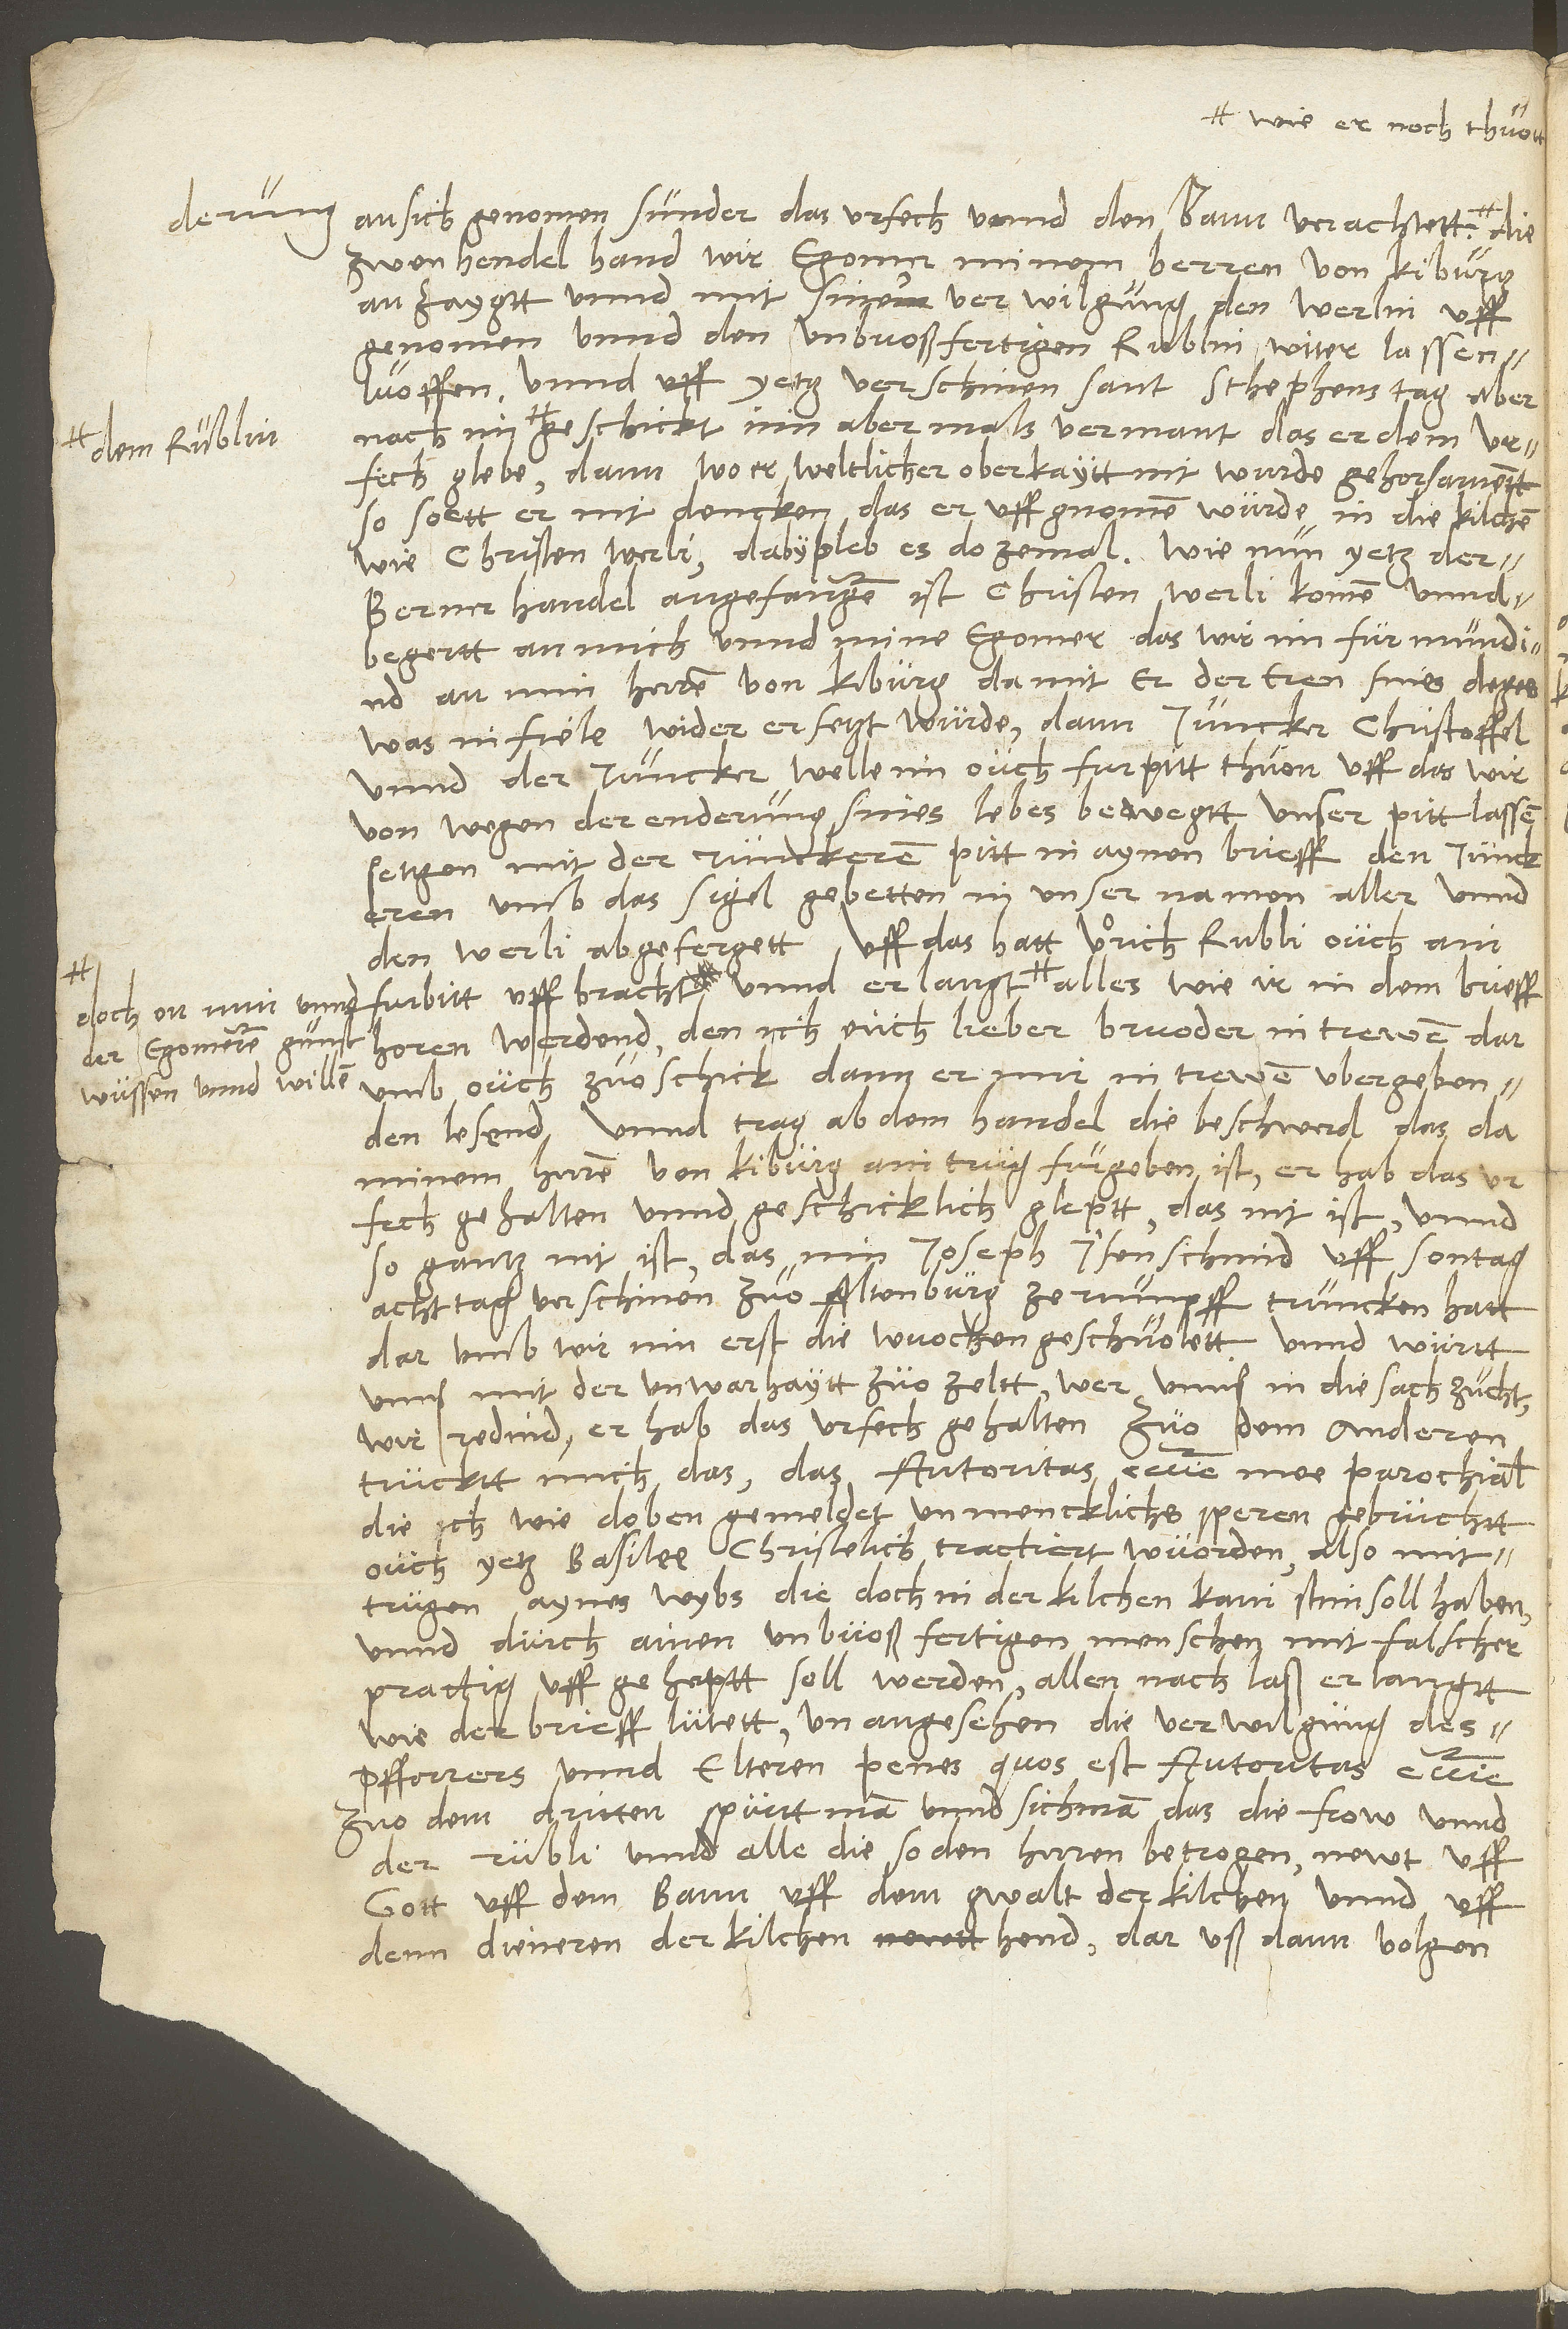
dem Rublin,
doch on min unnd
der egomeren gunst,
wüssen unnd willen,

an sich genomen, sunder das urfech unnd den bann verachtett, wie
zwen hendel hand wir egomer minem herren von Kiburg
antaygtt unnd mit siner verwilgung den Werlin
uffgenomen unnd den unbuossfertigen Rublin witer lassen
luoffen. Unnd uff yetz verschinen Sant Stephens tag aber
geschickt, inn abermals vermant, das er dem urfech
glebe, dann wo er weltlicher oberkaytt nit wurde gehorsamentt,
so sött er nit dencken, das er uffgnomen wurde in die kilchen
wie Christen Werli. Daby pleb es dozemal. Wie nun yetz der
Berner handel angefangen, ist Christen Werli komen unnd
begertt an mich unnd mine egomer, das wir im furmundind
an min herren von Kiburg, damit er der eren sines deges,
was infiele, wider ersetzt wurde; dann juncker Christoffel
unnd der juncker welle im ouch furpitt thuon. Uff das wir,
von wegen der enderung sines lebes bewegtt, unser pitt lassen
settzen mit der junckeren pitt in aynen brieff, den junckeren
umb das sigel gebetten in unser namen aller unnd
den Werli abgefergett. Uff das hatt Urich Rubli ouch ain
horen werdend, den ich euch, lieber bruoder, in trewen darumb
ouch zuoschick, dann er mir in trewen ubergeben;
den lesend. Unnd trag ab dem handel die beschwerd, das da
minem herren von Kiburg ain trug furgeben ist, er hab das
urfech gehalten unnd geschicklich gleptt, das nit ist, unnd
so gantz nit ist, das er min Joseph Isenschmid uff sontag
acht tag verschinen zuo Altenburg ze rumpff truncken hatt,
darumb wir inn erst die wuochen geschuolett. Unnd württ
unnss mit der unwarhaytt zuozeltt, wer unnss in die sach zucht,
wir redind, er hab das urfech gehalten. Zuo dem anderen
trucktt mich das, das autoritas ecclesie mee parochialis,
die ich, wie doben gemeldet, unmencklichs speren gebruchtt,
ouch yetz Basilee christelich tractiert wuorden, also mit
trugen aynes wybs, die doch in der kilchen kain stim soll haben,
und durch ainen unbuossfertigen menschen mit falscher
prattig uffgeheptt soll werden, allen nachlass erlangtt,
wie der brieff lutett, unangesehen die verwilgung des
pffarrers unnd elteren, penes quos est autoritas ecclesie.
Zuo dem dritten spürtt man unnd sicht man, das die frow unnd
der Rubli unnd alle die, so den herren betrogen, newt uff
gott, uff dem bann, uff dem gwalt der kilchen unnd uff
denn dieneren der kilchen hend; daruss dann volgen,